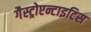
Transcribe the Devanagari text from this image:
गैस्ट्रोएन्टाइटिस